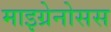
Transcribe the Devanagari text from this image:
माइग्रेनोसस